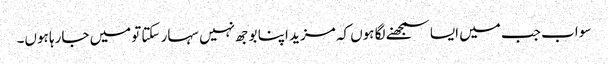
سو اب جب میں ایسا سمجھنے لگا ہوں کہ مزید اپنا بوجھ نہیں سہار سکتا تومیں جارہا ہوں۔